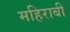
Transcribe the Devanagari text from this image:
महिराबी